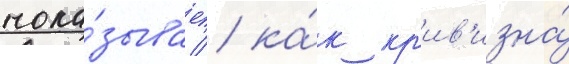
пока́зывает / ка́к кр'ив'изна́